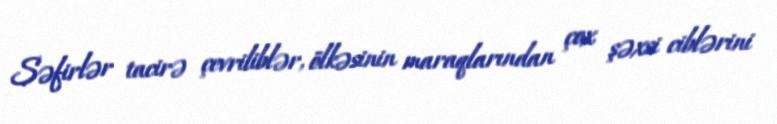
Səfirlər tacirə çevriliblər, ölkəsinin maraqlarından çox şəxsi ciblərini